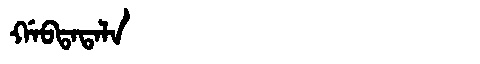
Manchu: ᡤᠠᠪᡨᠠᡨᠠᠯᠠ
Romanization: GABTATALA